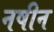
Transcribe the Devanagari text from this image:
नषीन